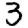
Digit: 3